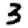
Digit: 3